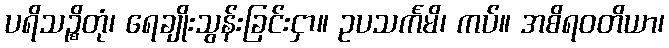
ပရိသဉ္စိတုံ၊ ရေချိုးသွန်းခြင်းငှာ။ ဥပသင်္ကမိ၊ ကပ်။ အစိရဝတိယာ၊